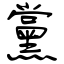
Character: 黨